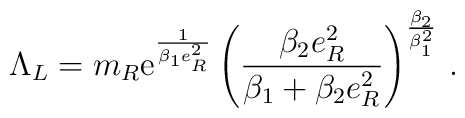
\Lambda_L = m_R \mbox{e}^{\frac{1}{\beta_1 e_R^2}}\left(\frac{\beta_2 e_R^2}{\beta_1 + \beta_2 e_R^2}\right)^{\frac{\beta_2}{\beta_1^2}}\,.